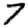
Digit: 7